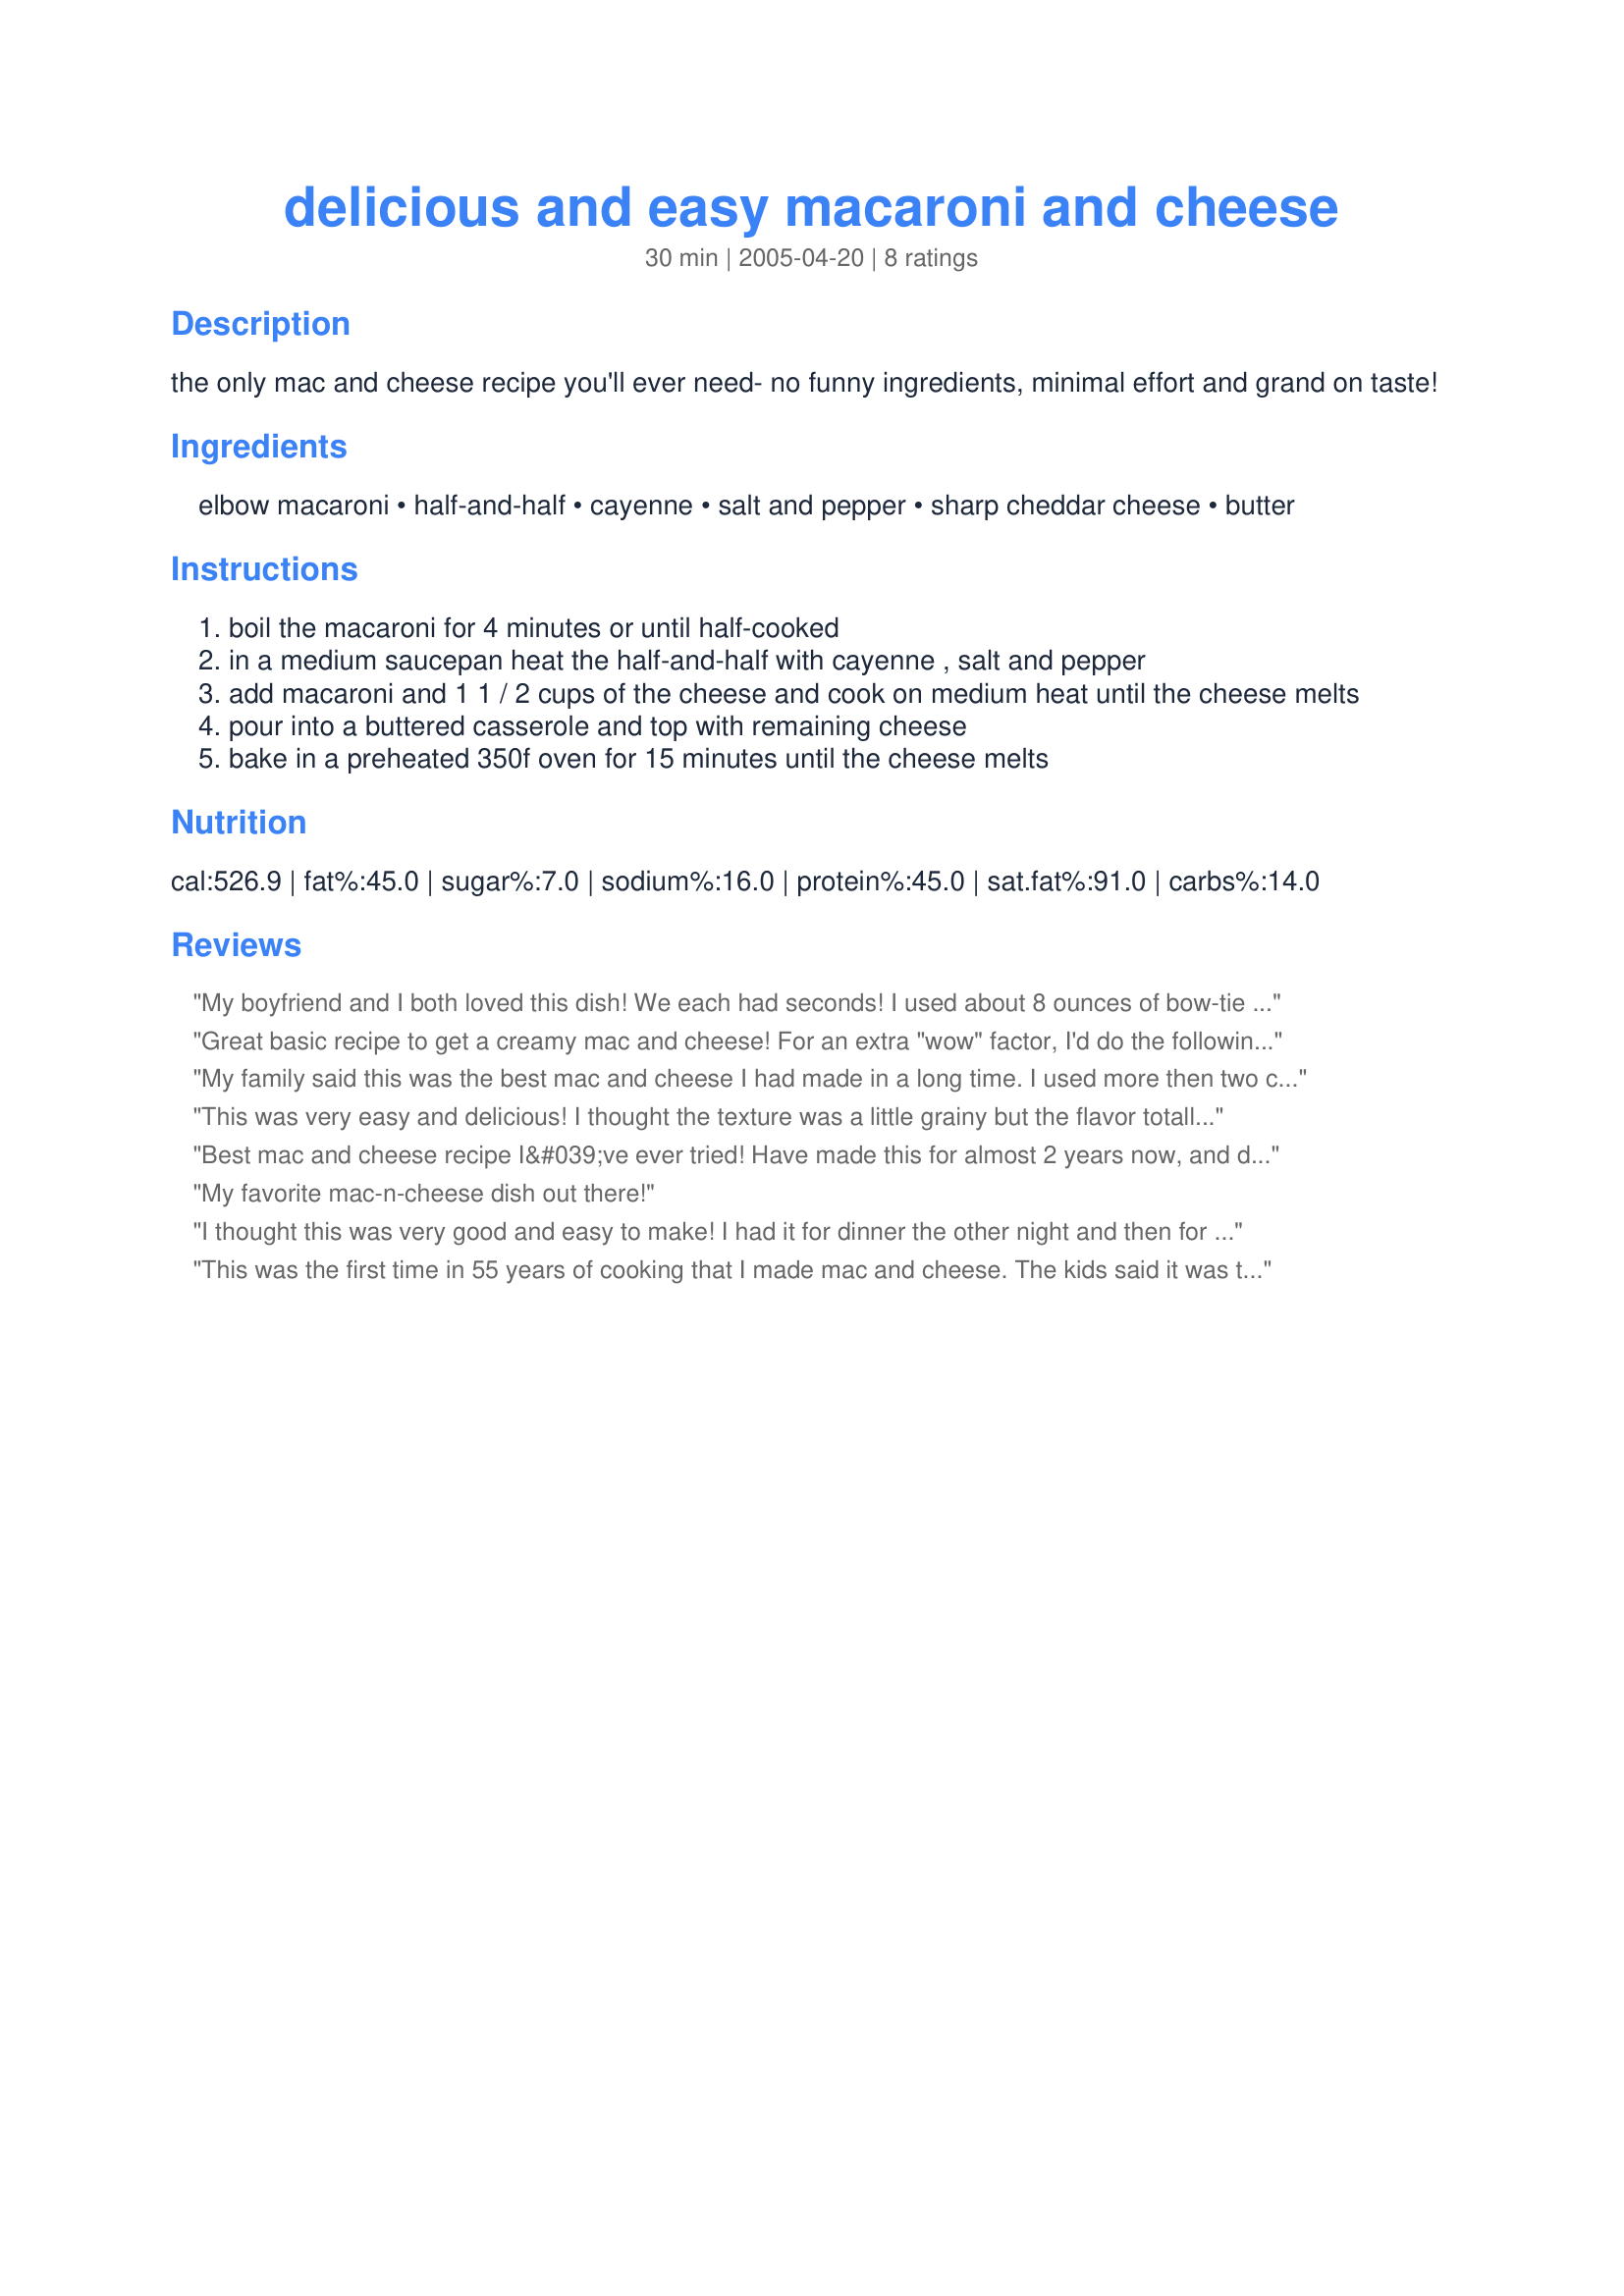
delicious and easy macaroni and cheese
Preparation time: 30 minutes

the only mac and cheese recipe you'll ever need- no funny ingredients, minimal effort and grand on taste!

Ingredients:
elbow macaroni, half-and-half, cayenne, salt and pepper, sharp cheddar cheese, butter

Steps:
boil the macaroni for 4 minutes or until half-cooked
in a medium saucepan heat the half-and-half with cayenne , salt and pepper
add macaroni and 1 1 / 2 cups of the cheese and cook on medium heat until the cheese melts
pour into a buttered casserole and top with remaining cheese
bake in a preheated 350f oven for 15 minutes until the cheese melts

Reviews:
My boyfriend and I both loved this dish! We each had seconds! I used about 8 ounces of bow-tie pasta and boiled my pasta until still firm to the bite. This is a definite keeper and I'm making this again soon!
Great basic recipe to get a creamy mac and cheese! For an extra "wow" factor, I'd do the following modifications:<br/><br/>- Cook the macaroni till it's mostly done, but still a little firm ("al dente")<br/><br/>- Instead of pouring the macaroni into the half/half mixture, pour it into a separate bowl and mix in half a stick of butter and a couple eggs till the pasta is coated throughout<br/><br/>- Pour the heated half/half and cheese mixture over the pasta and mix thorougly<br/><br/>- Pour into the buttered casserole dish and bake
My family said this was the best mac and cheese I had made in a long time. I used more then two cups of pasta and used Velveeta sharp cheddar cheese. I also added a lot of pepper.
This was very easy and delicious! I thought the texture was a little grainy but the flavor totally made up for it. I used fat free half-and-half. I also cooked the pasta a little past half (6 min) as I was afraid of it not getting done with the small amount of additional cook time; the pasta ended up perfectly cooked. Thanks for the recipe!
Best mac and cheese recipe I&#039;ve ever tried! Have made this for almost 2 years now, and decided it was time to review it :)
My favorite mac-n-cheese dish out there!
I thought this was very good and easy to make! I had it for dinner the other night and then for lunch yesterday with some chopped ham added to it. A much nicer taste than the boxed, but just as easy to make. Thanks for the recipe - I'll be making it often!
This was the first time in 55 years of cooking that I made mac and cheese. The kids said it was the best they every had. It was smooth on the inside and crunchy on the top. What an EASY recipe. I don't think there is anything you can do wrong. Thanks
